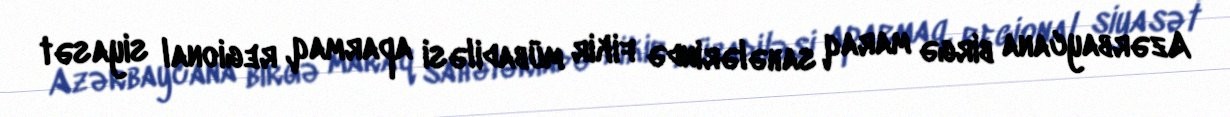
Azərbaycana birgə maraq sahələrində fikir mübadiləsi aparmaq, regional siyasət